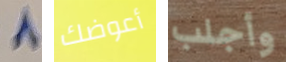
8 أعوضك وأجلب